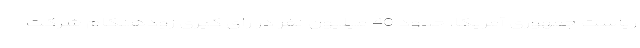
ریاست جمهوری آمریکا، حدود 40 میلیون نفر در رای گیری زودهنگام شرکت